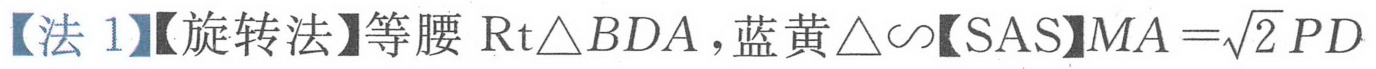
【法 1】【旋转法】等腰 \(\text{Rt}\triangle BDA\)，蓝黄\(\triangle\sim\)【SAS】\(MA = \sqrt{2}PD\)